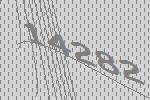
14282